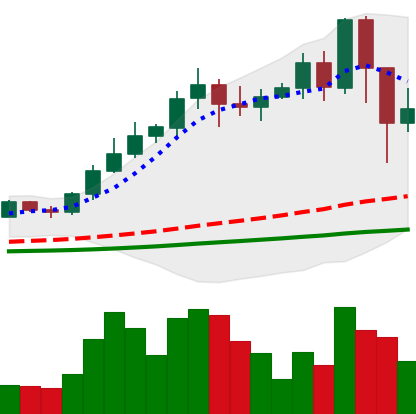
Ticker: NEO-USD
Chart end date: 2021-02-24
Forward return: -6.279%
Label: down_5_7